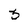
Character: 3